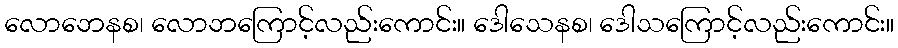
လောဘေနစ၊ လောဘကြောင့်လည်းကောင်း။ ဒေါသေနစ၊ ဒေါသကြောင့်လည်းကောင်း။